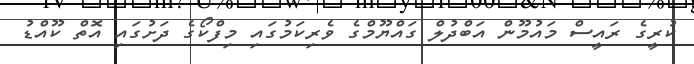
ކުރީގެ ރައީސް މައުމޫން އަބްދުލް ގައްޔޫމްގެ ވެރިކަމުގައި މިފްކޯގެ ދަށުގައި އޮތް ކޫއްޑު